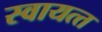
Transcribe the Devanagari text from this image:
स्‍वायत्‍त